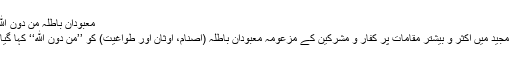
معبودانِ باطلہ مِنْ دُوْنِ اللهِ ہیں
قرآن مجید میں اکثر و بیشتر مقامات پر کفار و مشرکین کے مزعومہ معبودانِ باطلہ (اصنام، اوثان اور طواغیت) کو ’’مِنْ دُوْنِ اللهِ‘‘ کہا گیا ہے۔